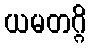
ယမတဂ္ဂိ